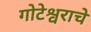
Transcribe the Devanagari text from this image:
गोटेश्वराचे